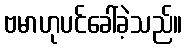
ဗမာဟုပင်ခေါ်ခဲ့သည်။